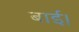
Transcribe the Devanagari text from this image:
बाई।